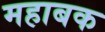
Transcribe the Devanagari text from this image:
महाबक